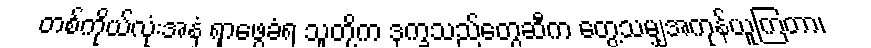
တစ်ကိုယ်လုံးအနှံ့ ရှာဖွေခံရ သူတို့က ဒုက္ခသည်တွေဆီက တွေ့သမျှအကုန်ယူကြတာ၊